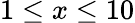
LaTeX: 1\leq x\leq 10